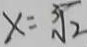
x = \sqrt [ 3 ] { 2 }